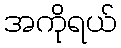
အကိုရယ်